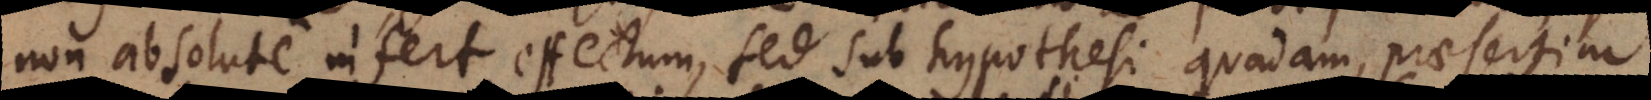
non absolute infert effectum, sed sub hypothesi quadam, praesertim